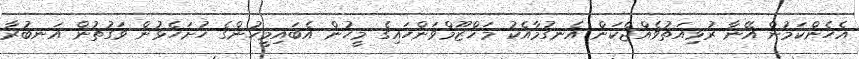
އެހެންކަމުން އޭނާ ރުޅިއަތުވެއްޖެކަން އެނގުމާއެކު މަޚްޒޫމްވަންހައިގެ މީހުން އެބައިމީހުންގެ ހުށަހެޅުން ވަގުތުން އަނބުރާ